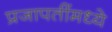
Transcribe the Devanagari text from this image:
प्रजापतींमध्ये